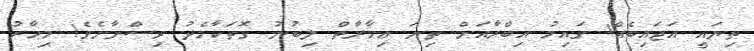
ތިޔައީ އަޖައިބެއް! ގައިމު އިބްރާއަށް ތިޔަ ޢިމާރާތް ލިބުނު ގޮތަކާމެދު ވިސްނާށެވެ! މިހާރު